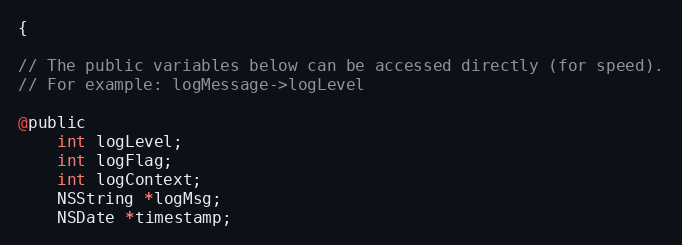
Language: C
{

// The public variables below can be accessed directly (for speed).
// For example: logMessage->logLevel

@public
    int logLevel;
    int logFlag;
    int logContext;
    NSString *logMsg;
    NSDate *timestamp;